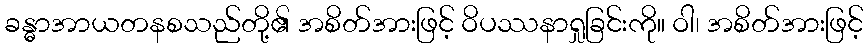
ခန္ဓာအာယတနစသည်တို့၏ အစိတ်အားဖြင့် ဝိပဿနာရှုခြင်းကို။ ဝါ၊ အစိတ်အားဖြင့်